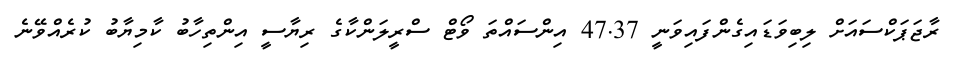
ރާޖަޕަކްސައަށް ލިިބިވަޑައިގެންފައިވަނީ 47.37 އިންސައްތަ ވޯޓް ސްރީލަންކާގެ ރިޔާސީ އިންތިހާބު ކާމިޔާބު ކުރެއްވޭނެ